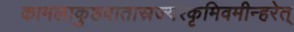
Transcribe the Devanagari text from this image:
कामलाकुष्ठवातास्रज्वरकृमिवमीन्हरेत्